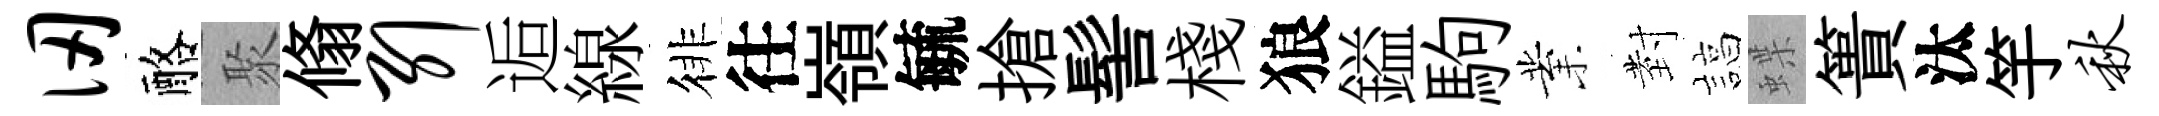
仞酪聚翛引逅線徘往嶺毓搶髻棧狼鎰駒業𭔹諄蝶簣汰竽秋